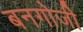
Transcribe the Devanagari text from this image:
बनगोजी